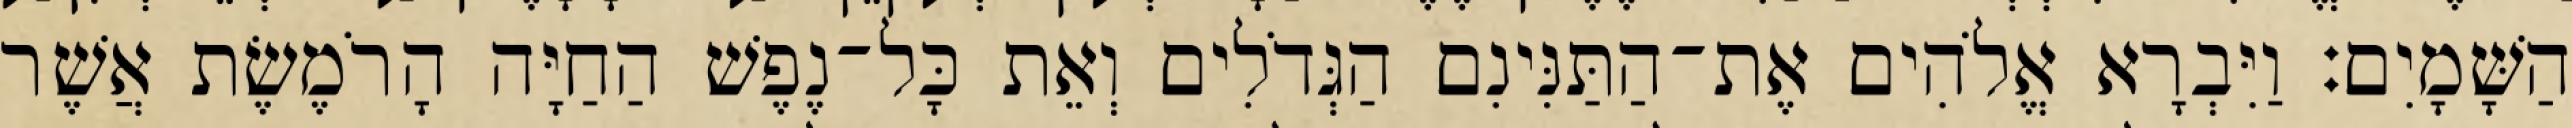
הַשָּׁמָיִם׃ וַיִּבְרָא אֱלֹהִים אֶת־הַתַּנִּינִם הַגְּדֹלִים וְאֵת כָּל־נֶפֶשׁ הַחַיָּה הָרֹמֶשֶׂת אֲשֶׁר